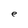
Character: e